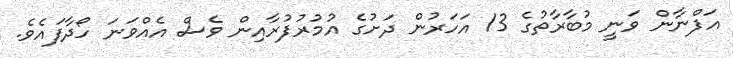
އަފްނާން ވަނީ މުބާރާތުގެ 13 އަހަރުން ދަށުގެ އުމުރުފުރާއިން ވެސް އެއްވަނަ ހޯދާފައެވެ.